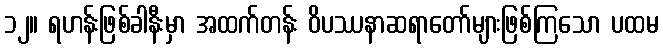
၁၂။ ရဟန်းဖြစ်ခါနီးမှာ အထက်တန်း ဝိပဿနာဆရာတော်များဖြစ်ကြသော ပထမ